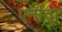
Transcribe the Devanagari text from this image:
एर्नांदो